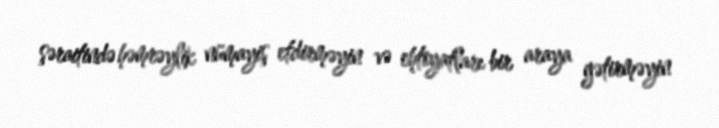
şəraitində həmrəylik nümayiş etdirməyin və ehtiyatları bir araya gətirməyin